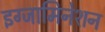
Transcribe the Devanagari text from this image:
इग्जामिनेशन